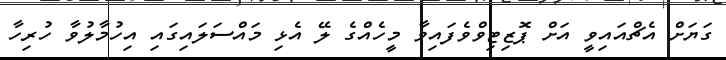
ގަޔަށް އެޗްއައިވީ އަށް ޕޮޒިޓިވްވެފައިވާ މީހެއްގެ ލޭ އެޅި މައްސަލައިގައި އިހުމާލުވާ ހުރިހާ